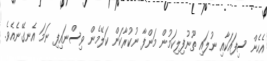
އެހެން ސިފައަކާއި ނުލައި ތޫނުފިލިކަމުން މަންފާ ނުކުރާކަން ކަލޭމެން ވިސްނައިފި ނަމަ އެނގޭނެއެވެ.